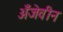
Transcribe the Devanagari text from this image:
अँजेवीन